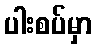
ပါးစပ်မှာ